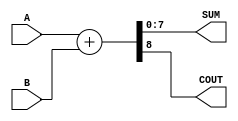
module ParameterizedAdder #(
    parameter WIDTH = 8  // Default width is set to 8 bits
)(
    input  [WIDTH-1:0] A,  // First operand
    input  [WIDTH-1:0] B,  // Second operand
    output [WIDTH-1:0] SUM, // Sum output
    output COUT            // Carry-out output
);

    // Internal signal for sum calculation
    wire [WIDTH:0] full_sum; // Extra bit for carry-out

    // Continuous assignment for sum and carry-out
    assign full_sum = A + B; // Perform addition
    assign SUM = full_sum[WIDTH-1:0]; // Assign lower WIDTH bits to SUM
    assign COUT = full_sum[WIDTH]; // Assign the carry-out

endmodule